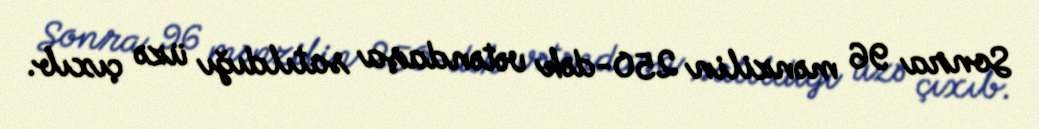
Sonra 96 mənzilin 250-dək vətəndaşa satıldığı üzə çıxıb.